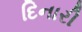
દિનારી